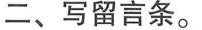
二、写留言条。